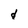
Character: d